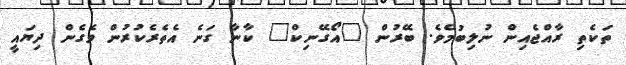
ތަކެތި ރާއްޖެއިން ނުލިބުމެވެ. ބޭރުން "އޯގޭނިކް" ކާނާ ގަނެ އެތެރެކުރުން ވެގެން ދިޔައީ